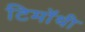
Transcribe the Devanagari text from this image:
टिमॉथी